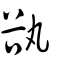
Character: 谻